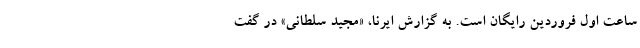
ساعت اول فروردین رایگان است. به گزارش ایرنا، «مجید سلطانی» در گفت